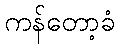
ကန်တော့ခံ